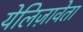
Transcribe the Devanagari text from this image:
येलिज़ावेता